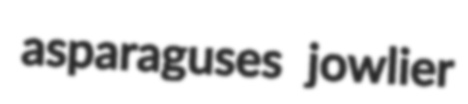
asparaguses jowlier